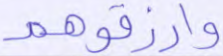
وارزقوهم